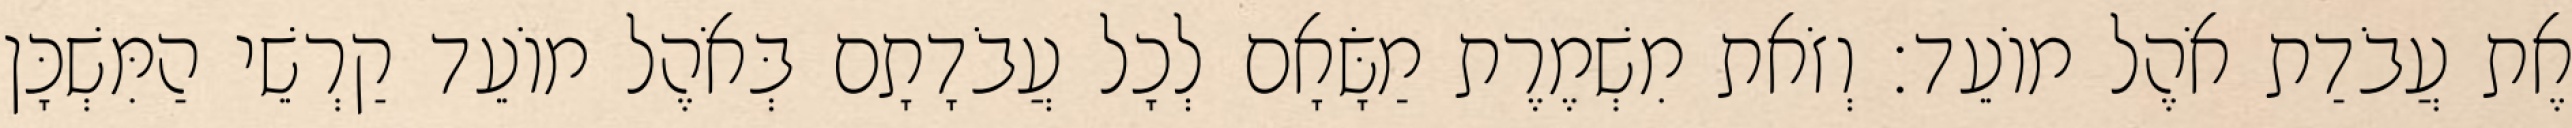
אֶת עֲבֹדַת אֹהֶל מוֹעֵד׃ וְזֹאת מִשְׁמֶרֶת מַשָּׂאָם לְכָל עֲבֹדָתָם בְּאֹהֶל מוֹעֵד קַרְשֵׁי הַמִּשְׁכָּן